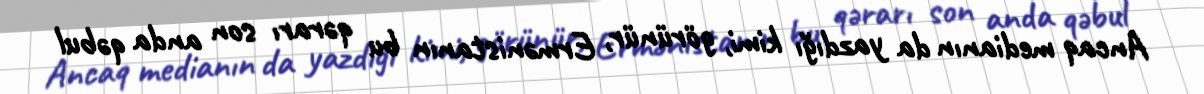
Ancaq medianın da yazdığı kimi, görünür, Ermənistanın bu qərarı son anda qəbul